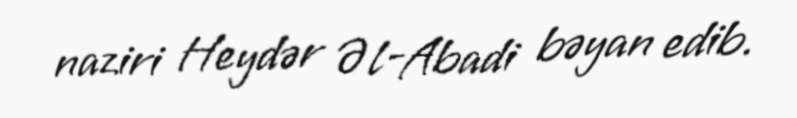
naziri Heydər Əl-Abadi bəyan edib.